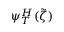
\psi _ { T } ^ { H } ( \tilde { \zeta } )